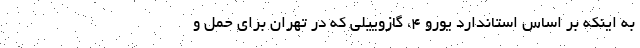
به اینکه بر اساس استاندارد یورو ۴، گازوییلی که در تهران برای حمل و